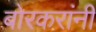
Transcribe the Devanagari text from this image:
बोरकरांनी